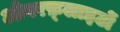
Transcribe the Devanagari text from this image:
ओवरफ़्लाइटों